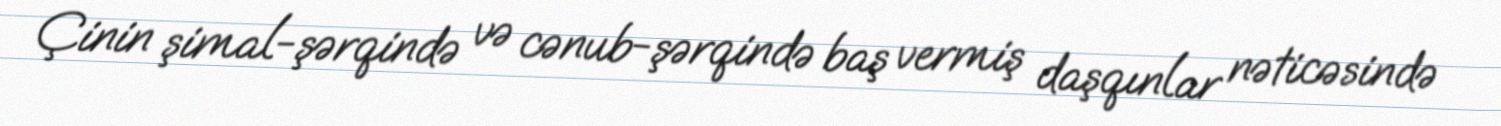
Çinin şimal-şərqində və cənub-şərqində baş vermiş daşqınlar nəticəsində